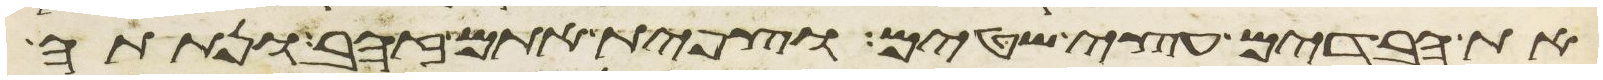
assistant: את הבדים עצי שטים וצפית אתם זהב ונתתה